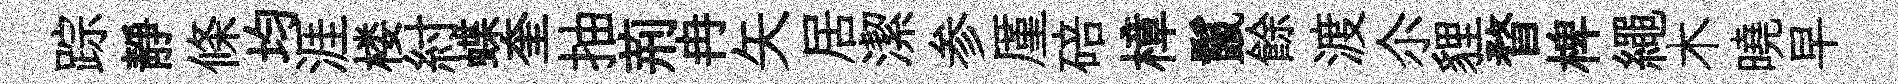
踪靜條均涯楼紂蝶奎抽荊冉矢居潔参厪碚樟鬣餘渡尒貍瞀椑繩木曉早